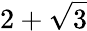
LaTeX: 2+\sqrt{3}